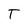
Character: T